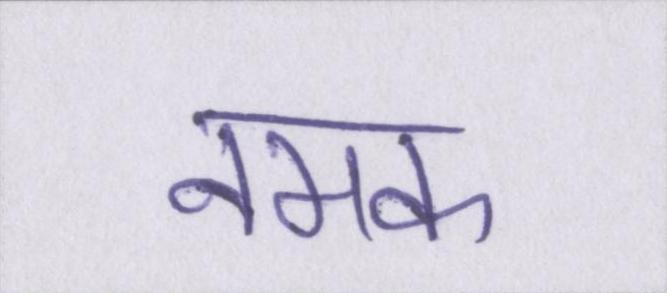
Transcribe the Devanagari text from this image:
नमक